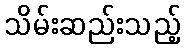
သိမ်းဆည်းသည့်